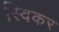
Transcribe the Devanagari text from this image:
स्विकर